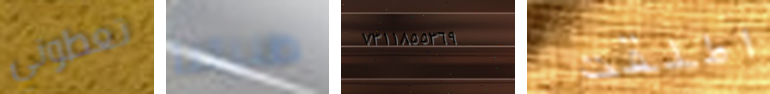
تعطوني ظننتنا ٧٣١١٨٥٥٣٦٩ اطلقت